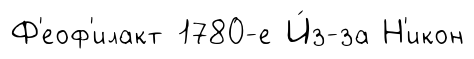
Ф'еоф'илакт 1780-е И́з-за Н'икон